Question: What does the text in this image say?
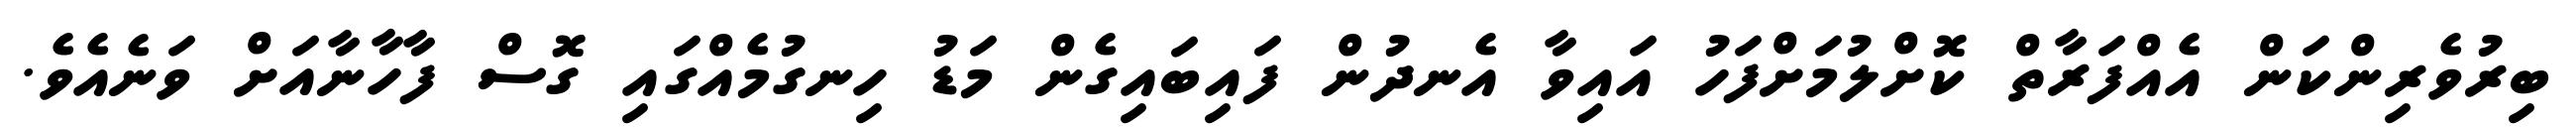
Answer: ބިރުވެރިންކަން އެއްފަރާތް ކޮށްލުމަށްފަހު އައިވާ އެނދުން ފައިބައިގެން މަޑު ހިނގުމެއްގައި ގޮސް ފާހާނާއަށް ވަނެއެވެ.